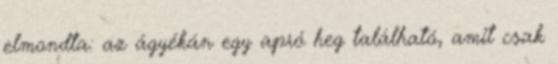
elmondta: az ágyékán egy apró heg található, amit csak